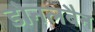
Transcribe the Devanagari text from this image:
डोनलबैन